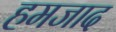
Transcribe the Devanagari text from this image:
हमजाद